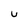
Character: U